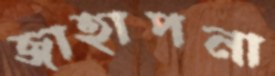
জাহাপনা